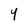
Character: Y